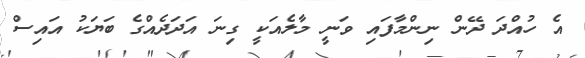
އެ ހުއްދަ ދޭން ނިންމާފައި ވަނީ މާލެއަކީ ގިނަ އަދަދެއްގެ ބަޔަކު އައިސް